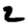
Digit: 2